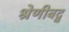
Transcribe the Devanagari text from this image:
श्रेणीबद्व